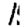
Digit: 1